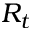
R _ { t }